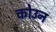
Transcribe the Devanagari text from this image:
कोउन